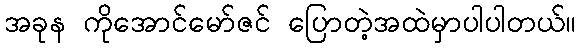
အခုန ကိုအောင်မော်ဇင် ပြောတဲ့အထဲမှာပါပါတယ်။